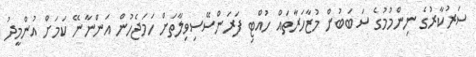
ސަރުކާރުގެ ނިންމުމުގެ ސަބަބުން މުޒާހަރާތައް ހުއްޓި ފަރަންސޭސިވިލާތަށް ހަމަޖެހުން އަންނާނޭ ކަމަށް އުންމީދު